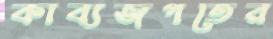
কাব্যজগতের